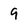
Character: 9